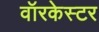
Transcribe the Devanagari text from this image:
वॉरकेस्टर